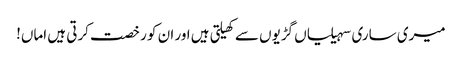
میری ساری سہیلیاں گڑیوں سے کھیلتی ہیں اور ان کو رخصت کرتی ہیں اماں!